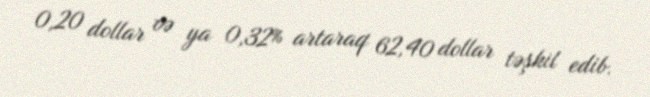
0,20 dollar və ya 0,32% artaraq 62,40 dollar təşkil edib.